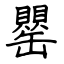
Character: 罌